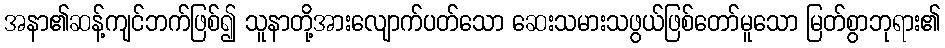
အနာ၏ဆန့်ကျင်ဘက်ဖြစ်၍ သူနာတို့အားလျောက်ပတ်သော ဆေးသမားသဖွယ်ဖြစ်တော်မူသော မြတ်စွာဘုရား၏